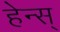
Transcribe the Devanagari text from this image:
हेन्स्